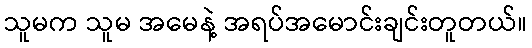
သူမက သူမ အမေနဲ့ အရပ်အမောင်းချင်းတူတယ်။